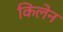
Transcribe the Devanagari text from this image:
किलेन